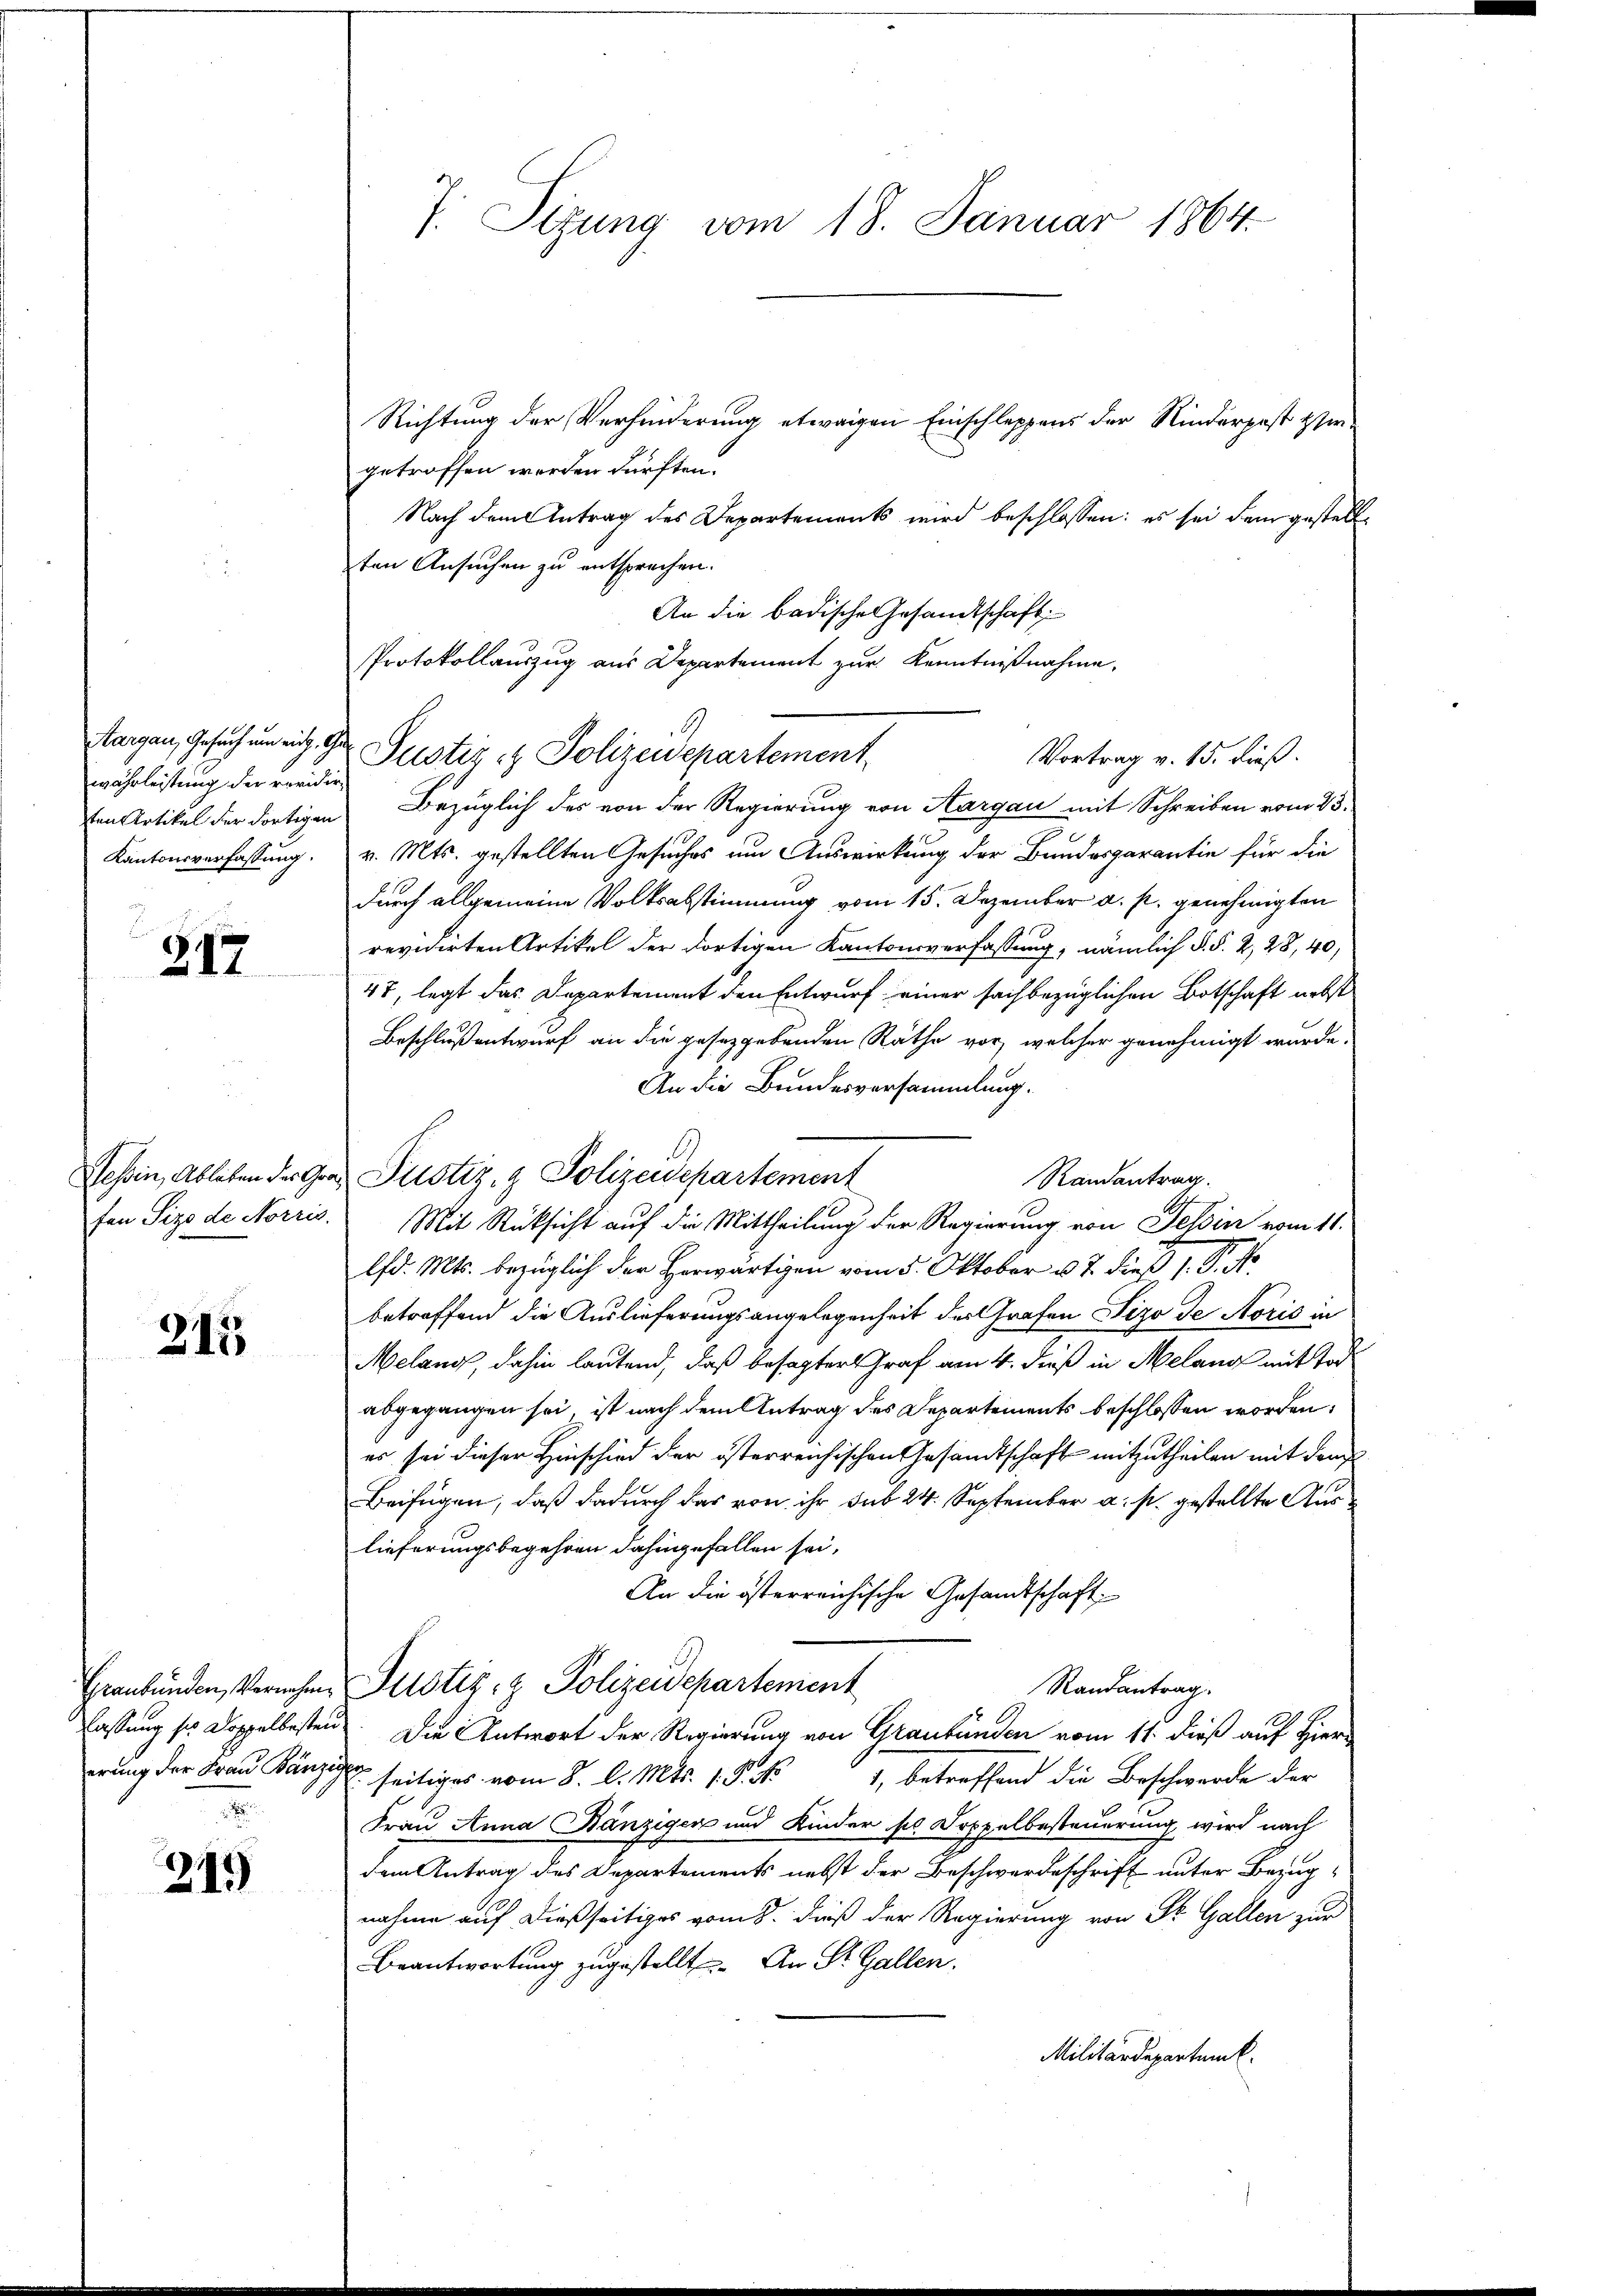
währleistung der revidirten Artikel der dortigen
Kantonsverfassung.

217

fen Sizo de Norris.

315

erung der Frau Bänz

311)

Richtung der Verhinderung etwaigen Einschleppens der Kinderpost Her
getroffen worden dürften.
Nach dem Antrag des Departements wird beschlossen: es sei dem gestellten Ansuchen zu entsprechen.
An die badische Gesandtschaft
Protokollauszug aus Departement zur Kenntnißnahme.
Aargau, Gesuch um eid. Der Justiz & Polizeidepartement
Bezüglich des von der Regierung von Aargau mit Schreiben vom 23.
v. Mts. gestellten Gesuches um Auswirkung der Bundesgarantie für die
durch allgemeine Volksabstimmung vom 15. Dezember a. p. genehmigten
revidirten Artikel der dortigen Kantonsverfassung, nämlich §. §. 2, 28, 40,
47, legt das Departement den Entwurf einer sachbezüglichen Botschaft nebst
Beschlußantwurf an die gesetzgebenden Räthe vor, welcher genehmigt wurde.
An die Bundesversammlung.
Randantrag.
Mit Rücksicht auf die Mittheilung der Regierung von Tessin vom 11.
lfd. Mts. bezüglich der Herwärtigen vom 5. Oktober u. 7. dieß 1. P. Nr.
betreffend die Auslieferungsangelegenheit der Grafen Sizo de Aoris in
Melang, dahin lautend, daß besagter Graf am 4. dieß in Melang mit Tod
abgegangen sei, ist nach dem Antrag des Departements beschlossen worden,
es sei dieser Hinschied der österreichischen Gesandtschaft mitzutheilen mit der
Beifügen, daß dadurch das von ihr sub 24. September a. p. gestellte Auslieferungsbegehren dahingefallen sei.
An die österreichische Gesandtschaft
Graubünden, Vernahme Justiz- & Polizeidepartement
Randantrag.
lassung so doppelbesten. Die Antwort der Regierung von Graubünden vom 11. dieß auf Hier
 seitiges vom 8. d. Mts. 1. S. 15
1, betreffend die Beschwerde der
Frau Anna Bänzigen und Kinder so Soppelbesteuerung wird nach
dem Antrag des Departements nebst der Beschwerdeschrift unter Bezugnahme auf dießseitiges vom 8. dieß der Regierung von St. Gallen zur
Beantwortung zugestellt. An St. Gallen.
Militärdepartenk

7. Sizung vom 18. Januar 1864

Tessin, Ableben der Grad Justiz- & Polizeidepartement

Vortrag v. 15. dieß.